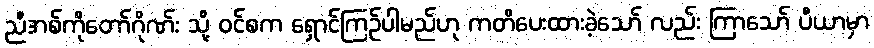
ညီအစ်ကိုတော်ဂိုဏ်း သို့ ဝင်စက ရှောင်ကြဉ်ပါမည်ဟု ကတိပေးထားခဲ့သော် လည်း ကြာသော် ပီယာမှာ